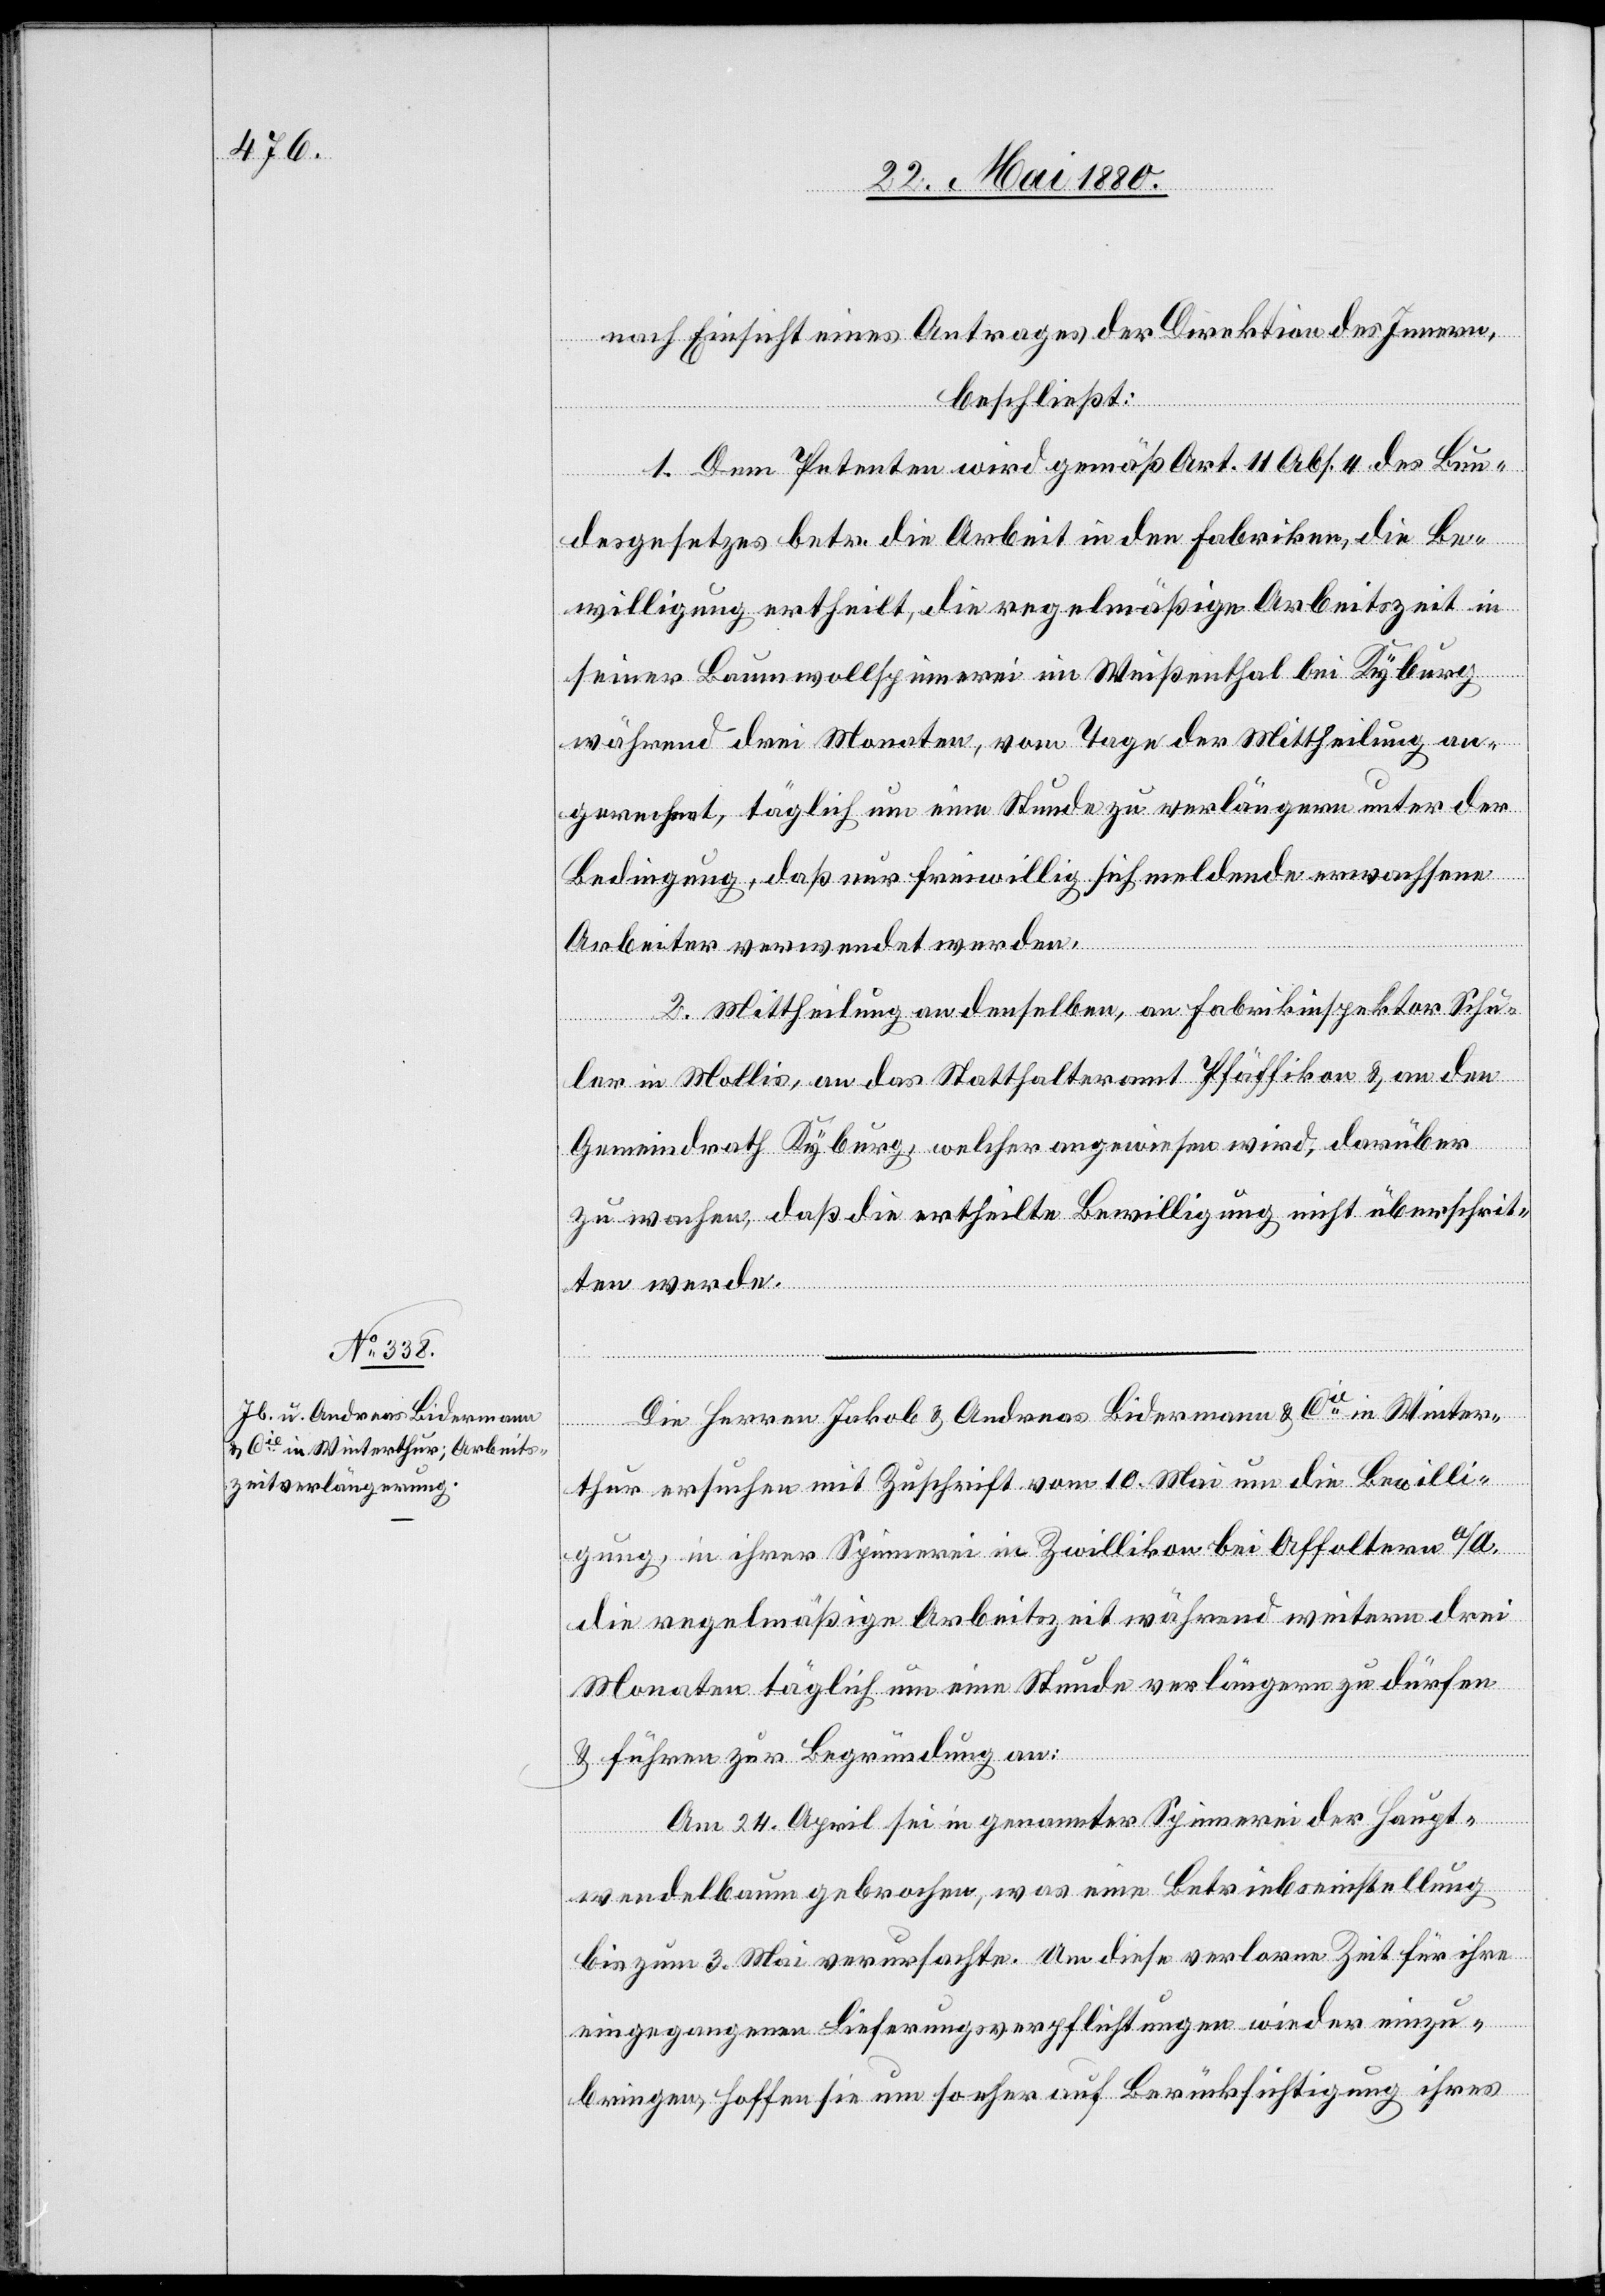
nach Einsicht eines Antrages der Direktion des Innern,
beschließt:
1. Dem Petenten wird gemäß Art. 11 Abs. 4 des Bun¬
desgesetzes betr. die Arbeit in den Fabriken die Be¬
willigung ertheilt, die regelmäßige Arbeitszeit in
seiner Baumwollspinnerei im Weißenthal bei Kyburg
während drei Monaten, vom Tage der Mittheilung an
gerechnet, täglich um eine Stunde zu verlängern unter der
Bedingung, daß nur freiwillig sich meldende erwachsene
Arbeiter verwendet werden.
2. Mittheilung an denselben, an Fabrikinspektor Schu¬
ler in Mollis, an das Statthalteramt Pfäffikon & an den
Gemeindrath Kyburg, welcher angewiesen wird, darüber
zu wachen, daß die ertheilte Bewilligung nicht überschrit¬
ten werde.
Die Herren Jakob & Andreas Bidermann & Cie in Winter¬
thur ersuchen mit Zuschrift vom 10. Mai um die Bewilli¬
gung, in ihrer Spinnerei in Zwillikon bei Affoltern a/A.
die regelmäßige Arbeitszeit während weitern drei
Monaten täglich um eine Stunde verlängern zu dürfen
& führen zur Begründung an:
Am 24. April sei in genannter Spinnerei der Haupt¬
wendelbaum gebrochen, was eine Betriebseinstellung
bis zum 3. Mai verursachte. Um diese verlorne Zeit für ihre
eingegangenen Lieferungsverpflichtungen wieder einzu¬
bringen, hoffen sie um so eher auf Berücksichtigung ihres